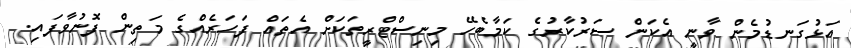
އަޅުގަނޑުމެން ވާނީ އެކަން ސަރުކާރުގެ ކަމާބެހޭ މިނިސްޓްރީތަކަށް އެތައް ފަހަރެއްގެ މަތިން ފޮނުވާފައި.